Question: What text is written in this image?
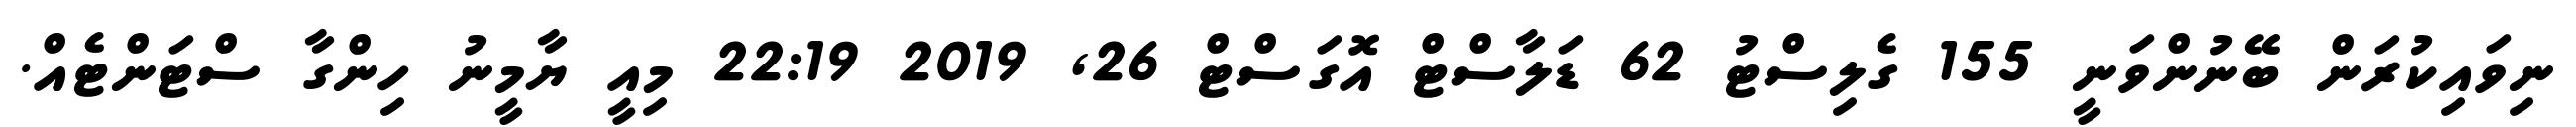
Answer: ނިވައިކުރަން ބޭނުންވަނީ 155 ގެލިސްޓު 62 ޑަލާސްޓް އޮގަސްޓް 26, 2019 22:19 މިއީ ޔާމީނު ހިންގާ ސްޓަންޓެއް.